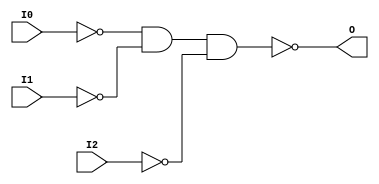
// $Header: /devl/xcs/repo/env/Databases/CAEInterfaces/xec_libs/data/unisims/NAND3B3.v,v 1.1 2005/05/10 01:20:06 wloo Exp $

/*

FUNCTION	: 3-INPUT NAND GATE

*/

`celldefine
`timescale  100 ps / 10 ps

module NAND3B3 (O, I0, I1, I2);

    output O;

    input  I0, I1, I2;

    not N2 (i2_inv, I2);
    not N1 (i1_inv, I1);
    not N0 (i0_inv, I0);
    nand A1 (O, i0_inv, i1_inv, i2_inv);

endmodule